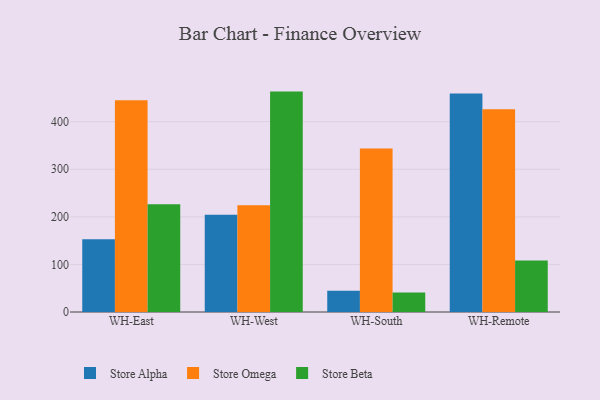
{"axis": {"x": "Warehouse", "y": "Operating Costs (USD K)"}, "legend": ["Store Alpha", "Store Beta", "Store Omega"], "data": [{"x": "WH-East", "y": 152.9, "type": "Store Alpha"}, {"x": "WH-East", "y": 444.9, "type": "Store Omega"}, {"x": "WH-East", "y": 226.5, "type": "Store Beta"}, {"x": "WH-West", "y": 204.2, "type": "Store Alpha"}, {"x": "WH-West", "y": 224.6, "type": "Store Omega"}, {"x": "WH-West", "y": 463.3, "type": "Store Beta"}, {"x": "WH-South", "y": 44.8, "type": "Store Alpha"}, {"x": "WH-South", "y": 343.7, "type": "Store Omega"}, {"x": "WH-South", "y": 40.8, "type": "Store Beta"}, {"x": "WH-Remote", "y": 459.2, "type": "Store Alpha"}, {"x": "WH-Remote", "y": 426.4, "type": "Store Omega"}, {"x": "WH-Remote", "y": 108.0, "type": "Store Beta"}]}